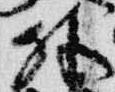
外